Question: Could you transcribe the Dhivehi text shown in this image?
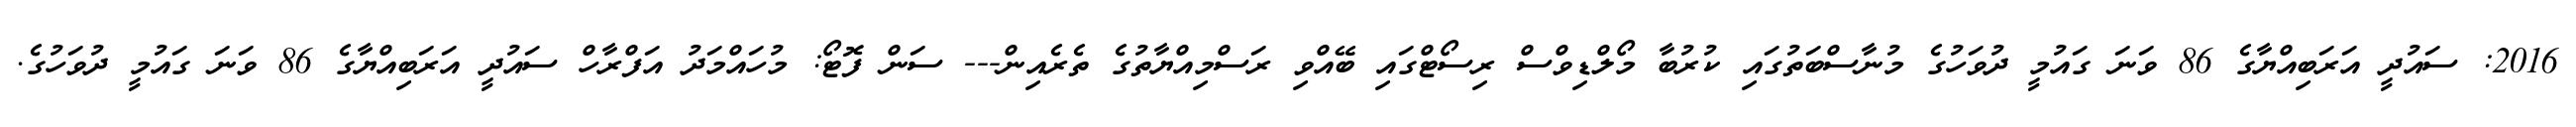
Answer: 2016: ސައުދީ އަރަބިއްޔާގެ 86 ވަނަ ގައުމީ ދުވަހުގެ މުނާސްބަތުގައި ކުރުބާ މޯލްޑިވްސް ރިސޯޓްގައި ބޭއްވި ރަސްމިއްޔާތުގެ ތެރެއިން--- ސަން ފޮޓޯ: މުހައްމަދު އަފްރާހް ސައުދީ އަރަބިއްޔާގެ 86 ވަނަ ގައުމީ ދުވަހުގެ.